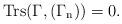
LaTeX: \begin{align*}\rm{Trs}(\Gamma,(\Gamma_{n}))=0.\end{align*}